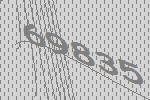
69835